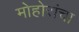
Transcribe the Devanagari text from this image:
मोहोरांचा